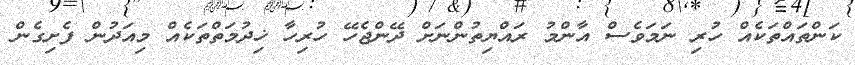
ކަންތައްތަކެއް ހުރި ނަމަވެސް އާންމު ރައްޔިތުންނަށް ދޭންޖެހޭ ހުރިހާ ޚިދުމަތްތަކެއް މިއަދުން ފެށިގެން